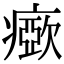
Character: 𤺘